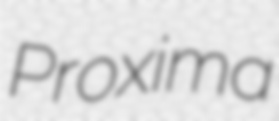
Proxima